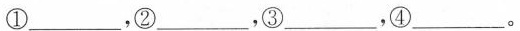
①___，②___，③___，④___。